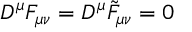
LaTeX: D ^ { \mu } F _ { \mu \nu } = D ^ { \mu } \tilde { F } _ { \mu \nu } = 0